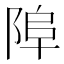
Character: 𨹺